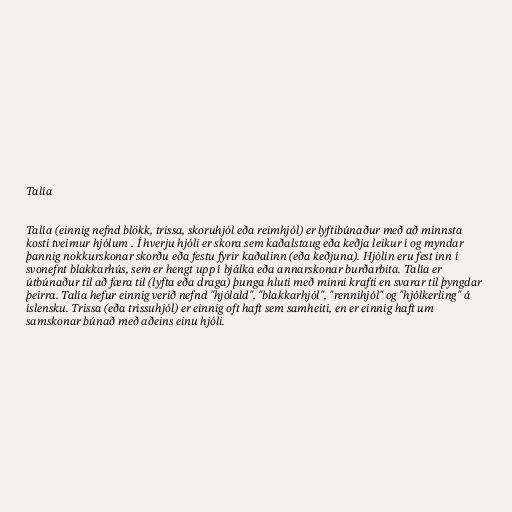
Talía

Talía (einnig nefnd blökk, trissa, skoruhjól eða reimhjól) er lyftibúnaður með að minnsta
kosti tveimur hjólum . Í hverju hjóli er skora sem kaðalstaug eða keðja leikur í og myndar
þannig nokkurskonar skorðu eða festu fyrir kaðalinn (eða keðjuna). Hjólin eru fest inn í
svonefnt blakkarhús, sem er hengt upp í bjálka eða annarskonar burðarbita. Talía er
útbúnaður til að færa til (lyfta eða draga) þunga hluti með minni krafti en svarar til þyngdar
þeirra. Talía hefur einnig verið nefnd "hjólald", "blakkarhjól", "rennihjól" og "hjólkerling" á
íslensku. Trissa (eða trissuhjól) er einnig oft haft sem samheiti, en er einnig haft um
samskonar búnað með aðeins einu hjóli.